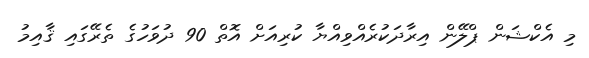
މި އެކްޝަން ޕްލޭން އިރާދަކުރެއްވިއްޔާ ކުރިއަށް އޮތް 90 ދުވަހުގެ ތެރޭގައި ޤާއިމު